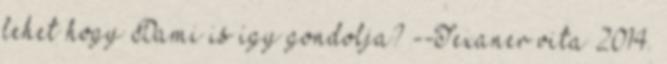
lehet hogy Dami is így gondolja? --Texaner vita 2014.